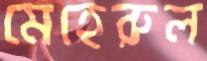
মেহেরুল